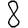
Digit: 8